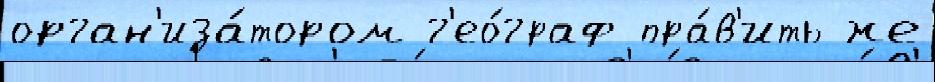
орган'иза́тором г'ео́граф пра́в'ить же